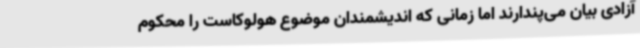
آزادی بیان می‌پندارند اما زمانی که اندیشمندان موضوع هولوکاست را محکوم